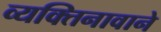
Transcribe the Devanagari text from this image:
व्यक्तिनावाने